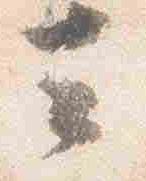
云